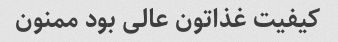
کیفیت غذاتون عالی بود ممنون